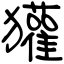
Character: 獾